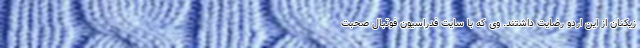
زیکنان از این اردو رضایت داشتند. وی که با سایت فدراسیون فوتبال صحبت